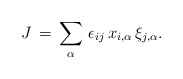
\begin{align*}J\,=\,\sum_{\alpha}\,\epsilon_{ij}\,x_{i,\alpha}\,\xi_{j,\alpha}.\end{align*}